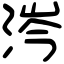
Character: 涔